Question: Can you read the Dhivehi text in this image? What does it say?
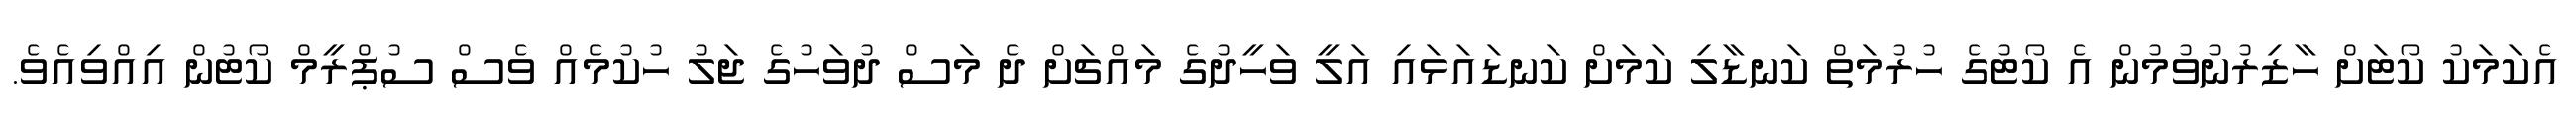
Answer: އެކަމަކު ކޯޓަށް ހާޒިރުނުވުމުން އެ ކޯޓުގެ ހުރުމަތް ކަނޑާލި ކަމަށް ކަނޑައަޅައި އަލީ ވަހީދުގެ މައްޗަށް ދެ މަސް ދުވަހުގެ ޖަލު ހުކުމެއް ވެސް ސުޕްރީމް ކޯޓުން އިއްވިއެވެ.